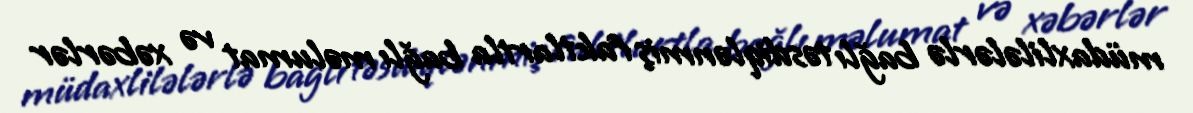
müdaxlilələrlə bağlı təsdiqlənmiş faktlartla bağlı məlumat və xəbərlər